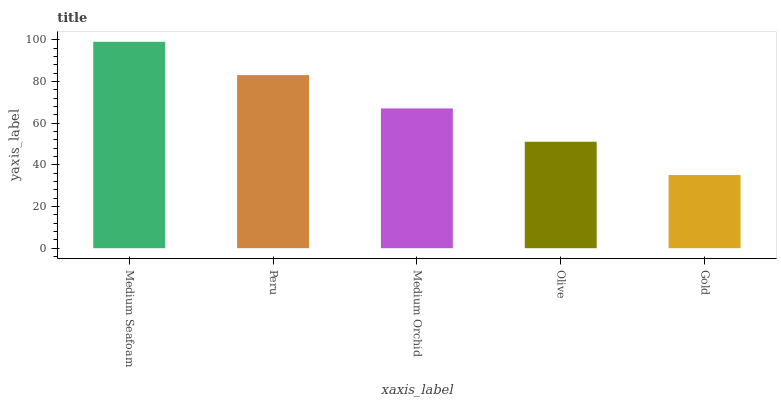
| xaxis_label | bars |
 | --- | --- |
 | Medium Seafoam | 99 |
 | Peru | 83 |
 | Medium Orchid | 67.1 |
 | Olive | 51.1 |
 | Gold | 35.1 |